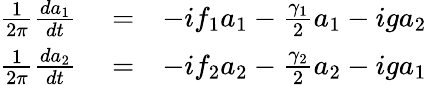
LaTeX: \begin{array}{rlr}{\frac{1}{2\pi}\frac{da_{1}}{dt}}&{{}=}&{-if_{1}a_{1}-\frac{\gamma_{1}}{2}a_{1}-iga_{2}}\\ {\frac{1}{2\pi}\frac{da_{2}}{dt}}&{{}=}&{-if_{2}a_{2}-\frac{\gamma_{2}}{2}a_{2}-iga_{1}}\end{array}